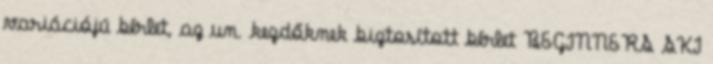
variációjú bérlet, az un. kezdőknek biztosított bérlet BEGINNERS SKI